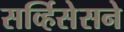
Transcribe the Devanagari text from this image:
सर्व्हिसेसने